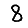
Digit: 8